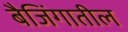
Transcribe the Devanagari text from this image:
बैजिंगातील